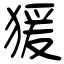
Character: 猨